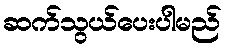
ဆက်သွယ်ပေးပါမည်